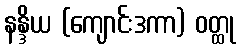
နန္ဒိယ (ကျောင်းဒကာ) ဝတ္ထု